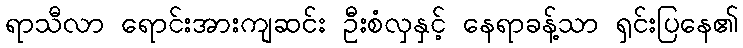
ရာသီလာ ရောင်းအားကျဆင်း ဦးစံလှနှင့် နေရာခန့်သာ ရှင်းပြနေ၏